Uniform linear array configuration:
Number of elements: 12
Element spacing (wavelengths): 0.5
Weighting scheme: hann
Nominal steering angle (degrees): -30
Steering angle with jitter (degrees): -31.474
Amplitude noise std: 0.05
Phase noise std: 0.05

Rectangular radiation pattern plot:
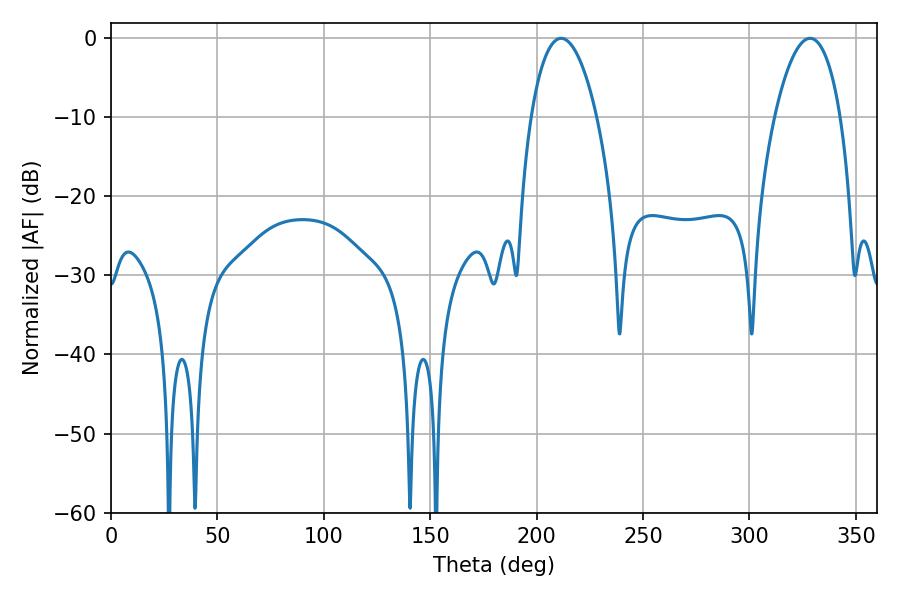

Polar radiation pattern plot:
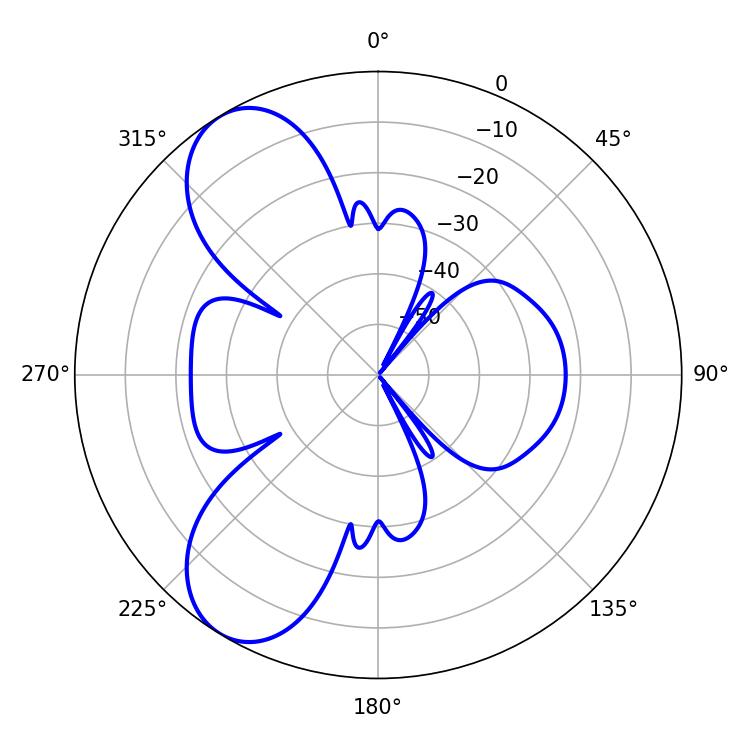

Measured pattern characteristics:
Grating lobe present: FALSE
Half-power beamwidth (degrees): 17.28
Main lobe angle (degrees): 211.5